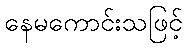
နေမကောင်းသဖြင့်